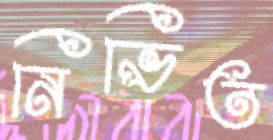
নিভিত